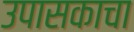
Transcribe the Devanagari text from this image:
उपासकाचा